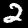
Digit: 2